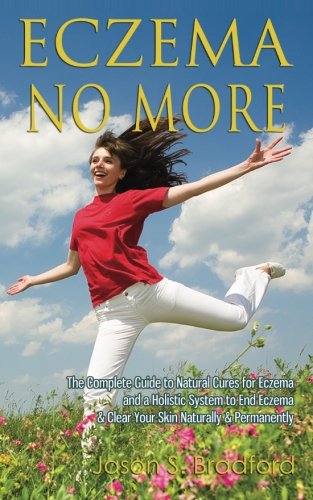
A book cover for Eczema No More: The Complete Guide to Natural Cures for Eczema and a Holistic System to End Eczema & Clear Your Skin Naturally & Permanently; Jason S. Bradford; Health, Fitness & Dieting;